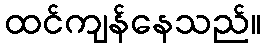
ထင်ကျန်နေသည်။